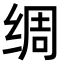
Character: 绸